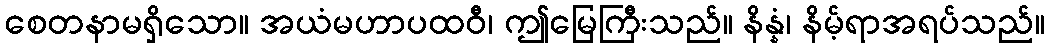
စေတနာမရှိသော။ အယံမဟာပထဝီ၊ ဤမြေကြီးသည်။ နိန္နံ၊ နိမ့်ရာအရပ်သည်။